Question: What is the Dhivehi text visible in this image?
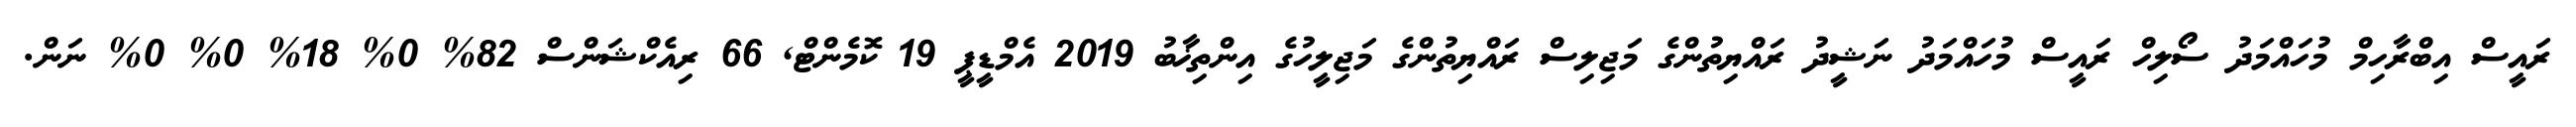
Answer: ރައީސް އިބްރާހިމް މުހައްމަދު ސޯލިހް ރައީސް މުހައްމަދު ނަޝީދު ރައްޔިތުންގެ މަޖިލިސް ރައްޔިތުންގެ މަޖިލީހުގެ އިންތިޚާބު 2019 އެމްޑީޕީ 19 ކޮމެންޓް, 66 ރިއެކްޝަންސް 82% 0% 18% 0% 0% ނަން.